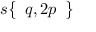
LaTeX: s { \left\{ \begin{array} { l } { q , 2 p } \end{array} \right\} }